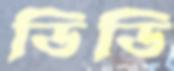
ডিডি